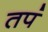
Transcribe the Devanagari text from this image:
तपं